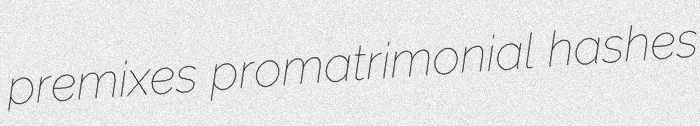
premixes promatrimonial hashes